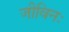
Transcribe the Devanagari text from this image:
जीविनः